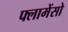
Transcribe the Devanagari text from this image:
फ्लामेंसो